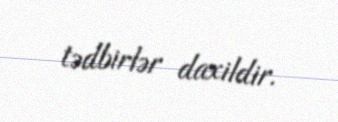
tədbirlər daxildir.